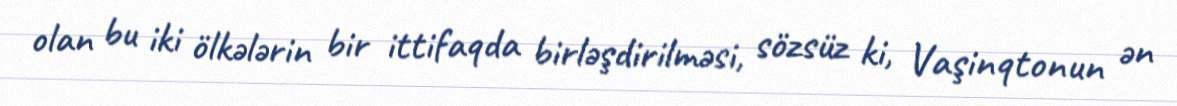
olan bu iki ölkələrin bir ittifaqda birləşdirilməsi, sözsüz ki, Vaşinqtonun ən